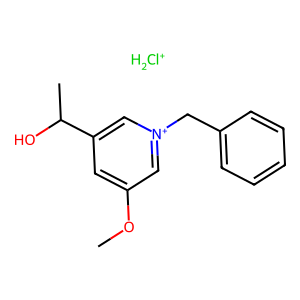
SMILES: COc1cc(C(C)O)c[n+](Cc2ccccc2)c1.[ClH2+]
Inhibits HIV replication: No